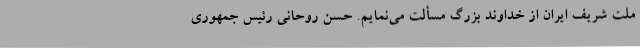
ملت شریف ایران از خداوند بزرگ مسألت می‌نمایم. حسن روحانی رئیس جمهوری